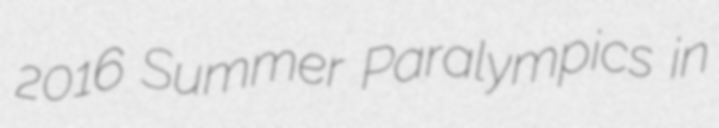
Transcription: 2016 Summer Paralympics in